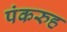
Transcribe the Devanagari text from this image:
पंकरुह